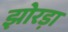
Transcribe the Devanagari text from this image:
झोरड़ा